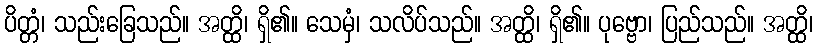
ပိတ္တံ၊ သည်းခြေသည်။ အတ္ထိ၊ ရှိ၏။ သေမှံ၊ သလိပ်သည်။ အတ္ထိ၊ ရှိ၏။ ပုဗ္ဗော၊ ပြည်သည်။ အတ္ထိ၊